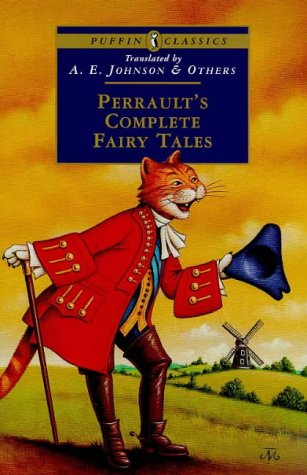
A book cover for Perrault's Complete Fairy Tales (Puffin Classics); Charles Perrault; Children's Books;